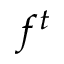
f ^ { t }